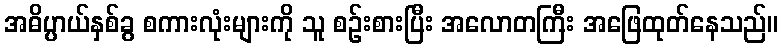
အဓိပ္ပာယ်နှစ်ခွ စကားလုံးများကို သူ စဉ်းစားပြီး အလောတကြီး အဖြေထုတ်နေသည်။